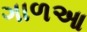
ગાળઆ